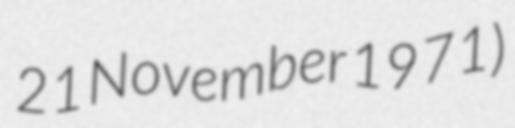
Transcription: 21 November 1971)